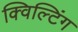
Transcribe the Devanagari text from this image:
क्विल्टिंग